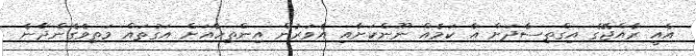
އެއީ ރާއްޖޭގެ އިގްތިސާދަށް އާ ކަމެއް ނޫންކަށާއި އެވަރުން އިންތިހާއަށް އަގުތައް މަތިވެގެންދާނެ